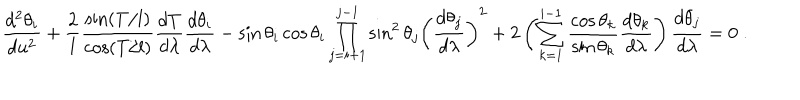
LaTeX: \displaystyle \frac { d ^ { 2 } \theta _ { i } } { d u ^ { 2 } } + \frac { 2 } { l } \frac { \sin ( T / l ) } { \cos ( T / l ) } \frac { d T } { d \lambda } \frac { d \theta _ { i } } { d \lambda } - \sin \theta _ { i } \cos \theta _ { i } \prod _ { j = i + 1 } ^ { j - 1 } \sin ^ { 2 } \theta _ { j } \left( \frac { d \theta _ { j } } { d \lambda } \right) ^ { 2 } + 2 \left( \sum _ { k = 1 } ^ { i - 1 } \frac { \cos \theta _ { k } } { \sin \theta _ { k } } \frac { d \theta _ { k } } { d \lambda } \right) \frac { d \theta _ { j } } { d \lambda } = 0 \; .